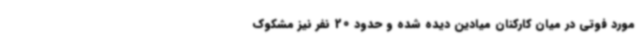
مورد فوتی در میان کارکنان میادین دیده شده و حدود 20 نفر نیز مشکوک